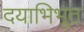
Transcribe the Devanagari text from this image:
दयाभिभूत